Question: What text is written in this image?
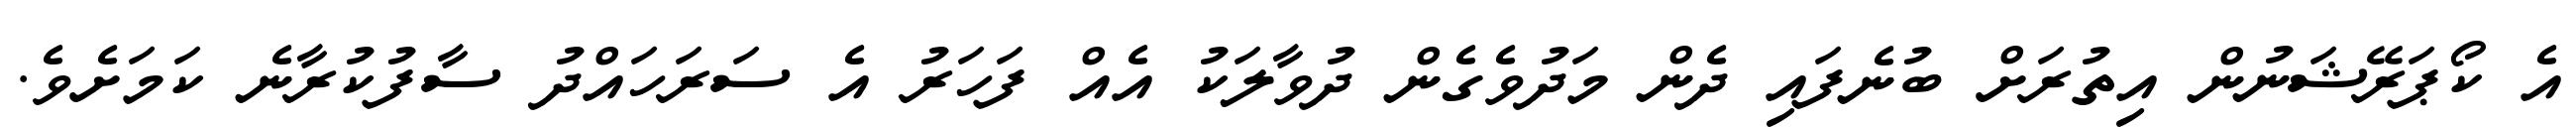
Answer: އެ ކޯޕަރޭޝަނުން އިތުރަށް ބުނެފައި ދެން މަދުވެގެން ދުވާލަކު އެއް ފަހަރު އެ ސަރަހައްދު ސާފުކުރާނެ ކަމަށެވެ.